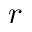
r